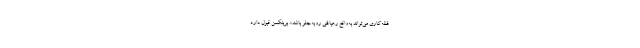
فظه‌کاری می‌تواند به‌واقع رهیافتی روبه‌جلو باشد». برینکمن قبول دارد